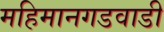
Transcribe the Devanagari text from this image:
महिमानगडवाडी